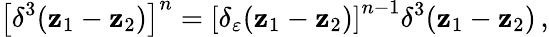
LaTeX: \left[\delta^{3}(\mathbf{z}_{1}-\mathbf{z}_{2})\right]^{n}=\left[\delta_{\varepsilon}(\mathbf{z}_{1}-\mathbf{z}_{2})\right]^{n-1}\delta^{3}(\mathbf{z}_{1}-\mathbf{z}_{2})\, ,